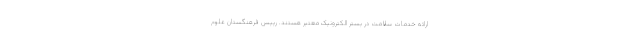
ارائه خدمات سلامت در بستر الکترونیک معتبر هستند. رییس فرهنگستان علوم